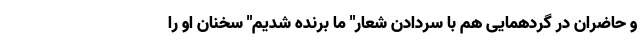
و حاضران در گردهمایی هم با سردادن شعار" ما برنده شدیم" سخنان او را